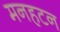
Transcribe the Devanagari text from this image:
मनहटन